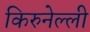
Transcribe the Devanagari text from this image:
किरुनेल्ली